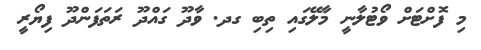
މި ފޮށްޓަށް ވޯޓުލާނީ މާލޭގައި ތިބި ގދ. ވާދޫ ގައްދޫ ރަތަފަންދޫ ފިޔޯރީ